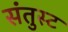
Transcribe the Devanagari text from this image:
संतुस्ट